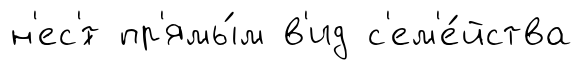
н'ес'́т пр'ямы́м в'ид с'ем'е́йства